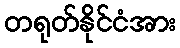
တရုတ်နိုင်ငံအား